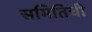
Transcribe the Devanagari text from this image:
समितिची